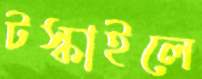
টস্‌কাইলে